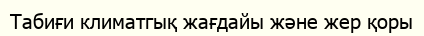
Табиғи климатгық жағдайы және жер қоры